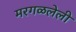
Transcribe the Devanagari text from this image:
मरगळलेली